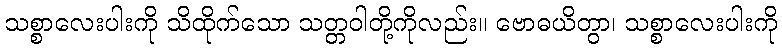
သစ္စာလေးပါးကို သိထိုက်သော သတ္တဝါတို့ကိုလည်း။ ဗောဓယိတွာ၊ သစ္စာလေးပါးကို